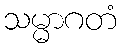
သမ္မာဂတံ